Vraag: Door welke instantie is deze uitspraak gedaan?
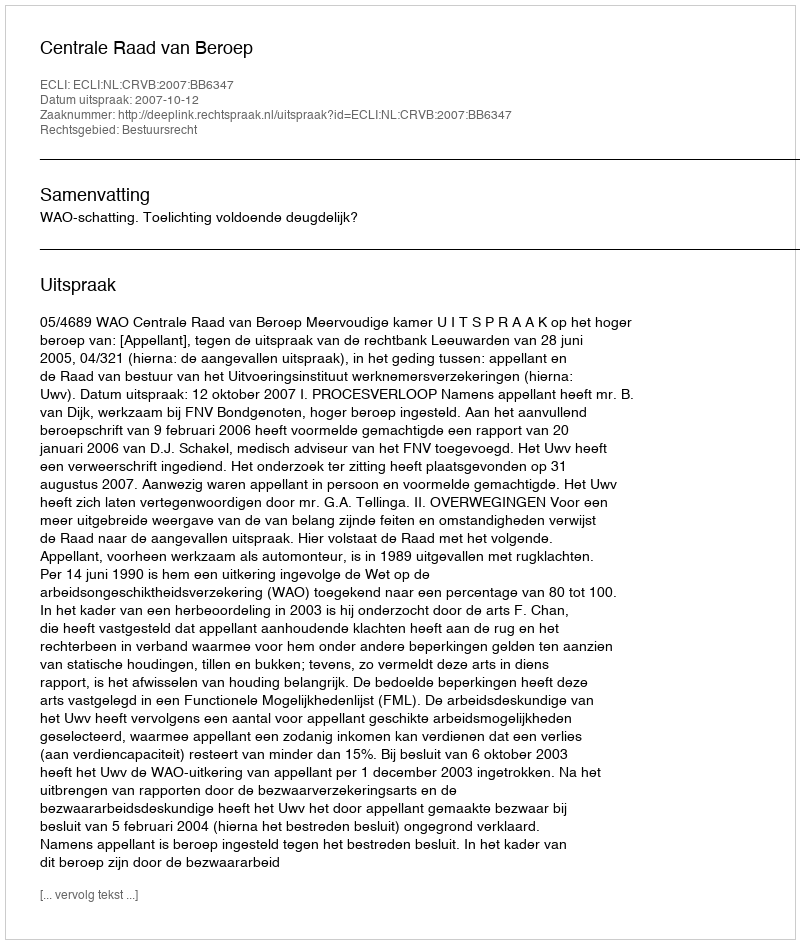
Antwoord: Centrale Raad van Beroep